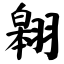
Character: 翱